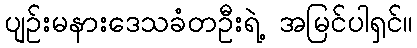
ပျဉ်းမနားဒေသခံတဦးရဲ့ အမြင်ပါရှင်။